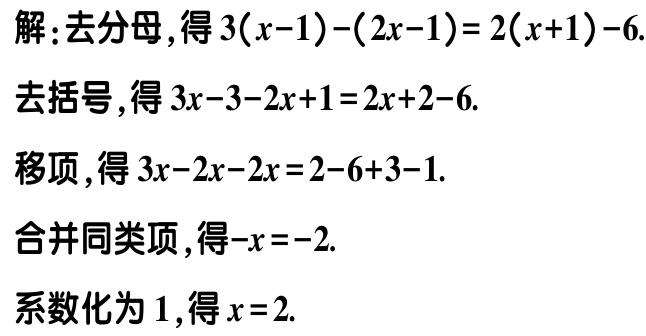
解：去分母，得\(3(x - 1) - (2x - 1) = 2(x + 1) - 6\).

去括号，得\(3x - 3 - 2x + 1 = 2x + 2 - 6\).

移项，得\(3x - 2x - 2x = 2 - 6 + 3 - 1\).

合并同类项，得\(-x = -2\).

系数化为\(1\)，得\(x = 2\).